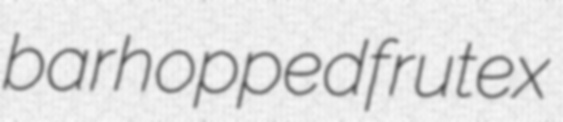
barhopped frutex